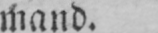
mand.